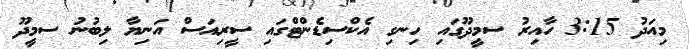
މިއަދު 3:15 ހާއިރު ސމީދޫގައި ހިނގި އެކްސިޑެންޓްގައި ސީރިއަސް އަނިޔާ ލިބުނު ސމީދޫ